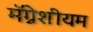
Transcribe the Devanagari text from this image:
मॅग्नेशीयम